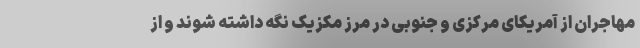
مهاجران از آمریکای مرکزی و جنوبی در مرز مکزیک نگه داشته شوند و از